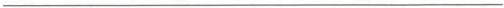
___